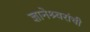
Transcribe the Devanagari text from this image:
ज्ञानेश्र्वरांची